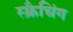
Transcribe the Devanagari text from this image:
स्क्रैचिंग